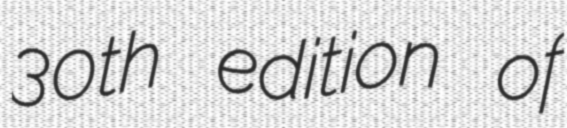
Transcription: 30th edition of